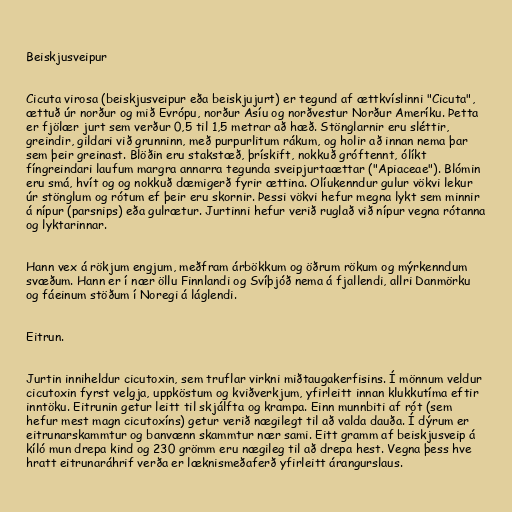
Beiskjusveipur

Cicuta virosa (beiskjusveipur eða beiskjujurt) er tegund af ættkvíslinni "Cicuta",
ættuð úr norður og mið Evrópu, norður Asíu og norðvestur Norður Ameríku. Þetta
er fjölær jurt sem verður 0,5 til 1,5 metrar að hæð. Stönglarnir eru sléttir,
greindir, gildari við grunninn, með purpurlitum rákum, og holir að innan nema þar
sem þeir greinast. Blöðin eru stakstæð, þrískift, nokkuð gróftennt, ólíkt
fíngreindari laufum margra annarra tegunda sveipjurtaættar ("Apiaceae"). Blómin
eru smá, hvít og og nokkuð dæmigerð fyrir ættina. Olíukenndur gulur vökvi lekur
úr stönglum og rótum ef þeir eru skornir. Þessi vökvi hefur megna lykt sem minnir
á nípur (parsnips) eða gulrætur. Jurtinni hefur verið ruglað við nípur vegna rótanna
og lyktarinnar.

Hann vex á rökjum engjum, meðfram árbökkum og öðrum rökum og mýrkenndum
svæðum. Hann er í nær öllu Finnlandi og Svíþjóð nema á fjallendi, allri Danmörku
og fáeinum stöðum í Noregi á láglendi.

Eitrun.

Jurtin inniheldur cicutoxin, sem truflar virkni miðtaugakerfisins. Í mönnum veldur
cicutoxin fyrst velgja, uppköstum og kviðverkjum, yfirleitt innan klukkutíma eftir
inntöku. Eitrunin getur leitt til skjálfta og krampa. Einn munnbiti af rót (sem
hefur mest magn cicutoxíns) getur verið nægilegt til að valda dauða. Í dýrum er
eitrunarskammtur og banvænn skammtur nær sami. Eitt gramm af beiskjusveip á
kíló mun drepa kind og 230 grömm eru nægileg til að drepa hest. Vegna þess hve
hratt eitrunaráhrif verða er læknismeðaferð yfirleitt árangurslaus.